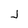
Character: J